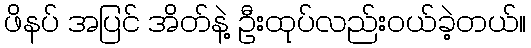
ဖိနပ် အပြင် အိတ်နဲ့ ဦးထုပ်လည်းဝယ်ခဲ့တယ်။